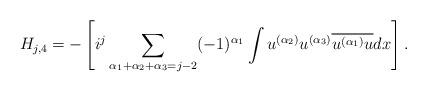
LaTeX: \begin{align*} H_{j,4}=- \real \left[ i^j \sum_{\alpha_1+\alpha_2+\alpha_3=j-2} (-1)^{\alpha_1} \int u^{(\alpha_2)} u^{(\alpha_3)} \overline{ u^{(\alpha_1)} u } dx\right]. \end{align*}